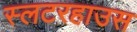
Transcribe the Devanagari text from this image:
स्लटरहाउस